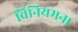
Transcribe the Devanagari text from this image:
विनियमन।